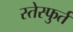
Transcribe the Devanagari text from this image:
स्तेस्फुर्त